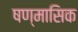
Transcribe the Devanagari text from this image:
षण्मासिक